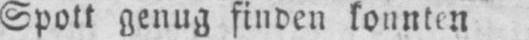
Spott genug finden konnten